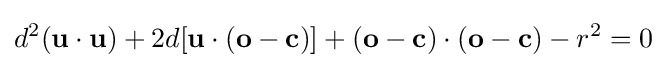
d^{2}(\mathbf {u} \cdot \mathbf {u} )+2d[\mathbf {u} \cdot (\mathbf {o} -\mathbf {c} )]+(\mathbf {o} -\mathbf {c} )\cdot (\mathbf {o} -\mathbf {c} )-r^{2}=0